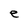
Character: e